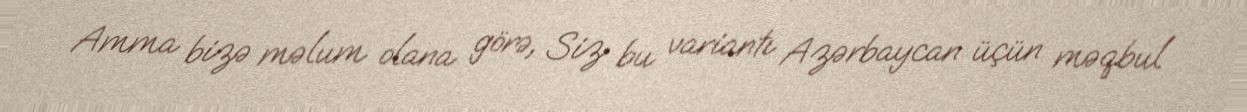
Amma bizə məlum olana görə, Siz bu variantı Azərbaycan üçün məqbul